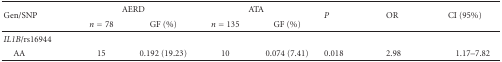
<table><thead><tr><td rowspan="2"><b>Gen/SNP</b></td><td colspan="2"><b>AERD</b></td><td colspan="2"><b>ATA</b></td><td rowspan="2"><b><i>P</i></b></td><td rowspan="2"><b>OR</b></td><td rowspan="2"><b>CI (95%)</b></td></tr><tr><td><b><i>n</i> = 78</b></td><td><b>GF (%)</b></td><td><b><i>n</i> = 135</b></td><td><b>GF (%)</b></td></tr></thead><tbody><tr><td><i>IL1B</i>/rs16944</td><td></td><td></td><td></td><td></td><td></td><td></td><td></td></tr><tr><td> AA</td><td>15</td><td>0.192 (19.23)</td><td>10</td><td>0.074 (7.41)</td><td>0.018</td><td>2.98</td><td>1.17–7.82</td></tr></tbody></table>